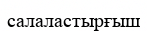
салаластырғыш